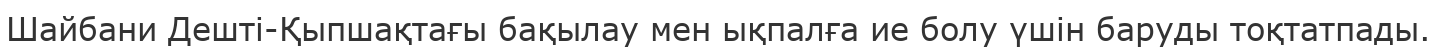
Шайбани Дешті-Қыпшақтағы бақылау мен ықпалға ие болу үшін баруды тоқтатпады.